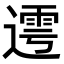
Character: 𨖜